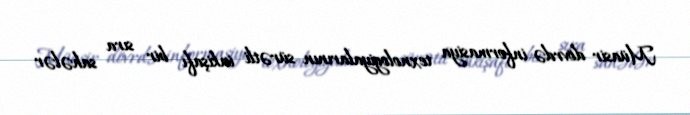
Müasir dövrdə informasiya texnologiyalarının sürətli inkişafı bir sıra sahələr